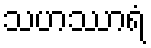
သဟဿာရံ